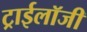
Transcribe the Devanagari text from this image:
ट्राईलॉजी